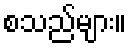
စသည်များ။